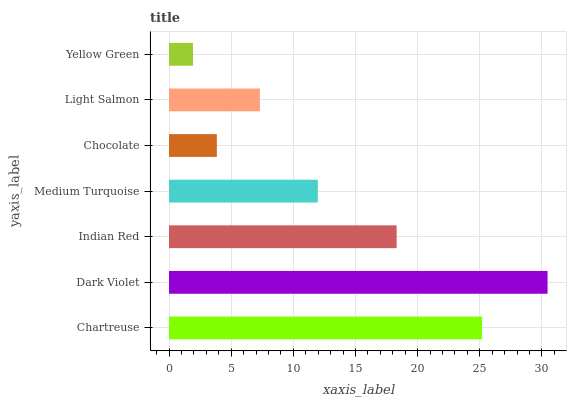
| yaxis_label | bars |
 | --- | --- |
 | Chartreuse | 25.2 |
 | Dark Violet | 30.5 |
 | Indian Red | 18.3 |
 | Medium Turquoise | 12 |
 | Chocolate | 3.85 |
 | Light Salmon | 7.32 |
 | Yellow Green | 1.93 |